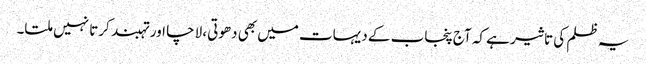
یہ ظلم کی تاثیر ہے کہ آج پنجاب کے دیہات میں بھی دھوتی، لاچا اور تہبند کرتا نہیں ملتا۔